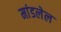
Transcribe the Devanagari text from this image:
मांडलेल